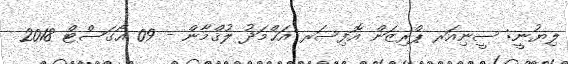
ލިޔުނީ: ސީނިއަރ ޕްރިޒަން އޮފިސަރ އަޙްމަދު ލުޤްމާން - 09 އޯގަސްޓް 2018